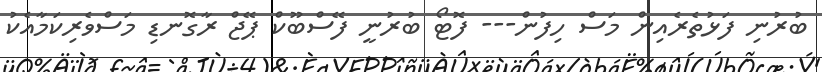
ބުރުނި ފަޅުތެރެެއިން މަސް ހިފުން--- ފޮޓޯ ބުރުނީ ފޭސްބޫކް ޕޭޖް ރާގޮނޑި މަސްވެރިކަމާއެކު